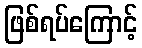
ဖြစ်ရပ်ကြောင့်